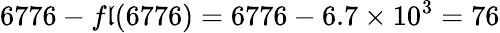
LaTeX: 6776-f\mathfrak{l}(6776)=6776-6.7\times10^{3}=76